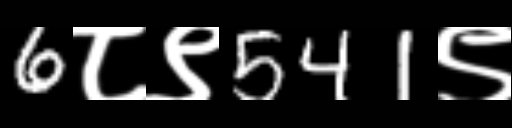
Text: 6८९541९